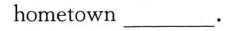
hometown ___.